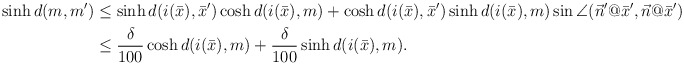
\begin{align*}\sinh{d(m,m')}& \leq \sinh{d(i(\bar{x}),\bar{x}')}\cosh{d(i(\bar{x}),m)}+\cosh{d(i(\bar{x}),\bar{x}')}\sinh{d(i(\bar{x}),m)}\sin{\angle{(\vec{n}'@\bar{x}',\vec{n}@\bar{x}')}}\\& \leq \frac{\delta}{100}\cosh{d(i(\bar{x}),m)}+\frac{\delta}{100}\sinh{d(i(\bar{x}),m)}.\end{align*}